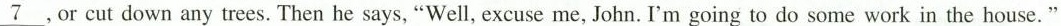
\underline{7},Or cut down any trees.Then he says, "Well, excuse me, John.I'm going to do some work in the house. "